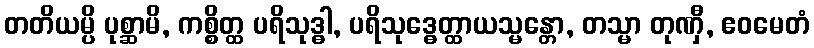
တတိယမ္ပိ ပုစ္ဆာမိ, ကစ္စိတ္ထ ပရိသုဒ္ဓါ, ပရိသုဒ္ဓေတ္ထာယသ္မန္တော, တသ္မာ တုဏှီ, ဧဝမေတံ